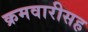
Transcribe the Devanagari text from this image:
क्रमवारीसह